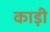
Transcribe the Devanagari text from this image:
काड़ी